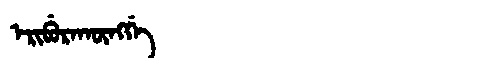
Manchu: ᡝᡵᡳᠪᡠᡵᠠᡴᡡᠩᡤᡝ
Romanization: ERIBURAKŪNGGE